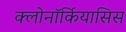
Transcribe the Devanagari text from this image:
क्लोनॉर्कियासिस